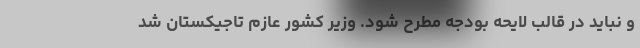
و نباید در قالب لایحه بودجه مطرح شود. وزیر کشور عازم تاجیکستان شد